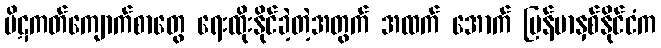
ပိဋကတ်ကျောက်စာတွေ ရေးထိုးနိုင်ခဲ့တဲ့အတွက် အထက် အောက် မြန်မာနှစ်နိုင်ငံက